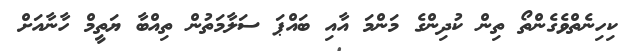
ކިހިނެތްވެގެންތޯ ތިން ކުދިންގެ މަންމަ އާއި ބައްޕަ ސަލާމަތުން ތިއްބާ ޔަތީމް ހާނާއަށް